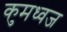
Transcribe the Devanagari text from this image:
कुमध्वज